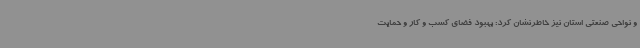
و نواحی صنعتی استان نیز خاطرنشان کرد: بهبود فضای کسب و کار و حمایت